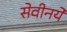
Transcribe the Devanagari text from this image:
सेवीनये